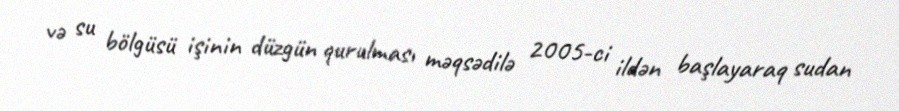
və su bölgüsü işinin düzgün qurulması məqsədilə 2005-ci ildən başlayaraq sudan